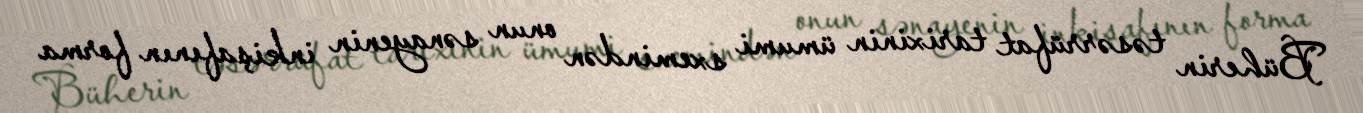
Büherin təsərrüfat tarixinin ümumi sxemindən onun sənayenin inkişafının forma